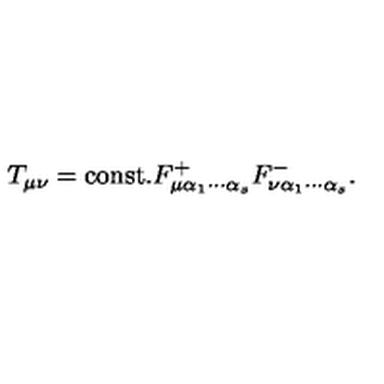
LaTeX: T _ { \mu \nu } = \mathrm { c o n s t . } F _ { \mu \alpha _ { 1 } \cdots \alpha _ { s } } ^ { + } F _ { \nu \alpha _ { 1 } \cdots \alpha _ { s } } ^ { - } .